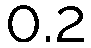
0.2